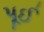
પૂઈ